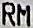
RM